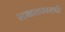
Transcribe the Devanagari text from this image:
साक्षातकाराची